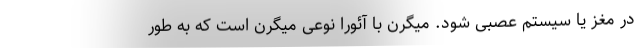
در مغز یا سیستم عصبی شود. میگرن با آئورا نوعی میگرن است که به طور